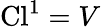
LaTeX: \operatorname{Cl}^{1}=V